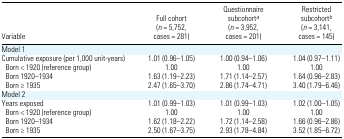
| Variable | Full cohort (n = 5,752, cases = 281) | Questionnaire subcohorta (n = 3,952, cases = 201) | Restricted subcohortb (n = 3,141, cases = 145) |
 | --- | --- | --- | --- |
 | <COLSPAN=4> Model 1 |
 | Cumulative exposure (per 1,000 unit-years) | 1.01 (0.96–1.05) | 1.00 (0.94–1.06) | 1.04 (0.97–1.11) |
 | Born < 1920 (reference group) | 1.00 | 1.00 | 1.00 |
 | Born 1920–1934 | 1.63 (1.19–2.23) | 1.71 (1.14–2.57) | 1.64 (0.96–2.83) |
 | Born ≥ 1935 | 2.47 (1.65–3.70) | 2.86 (1.74–4.71) | 3.40 (1.79–6.46) |
 | <COLSPAN=4> Model 2 |
 | Years exposed | 1.01 (0.99–1.03) | 1.01 (0.99–1.03) | 1.02 (1.00–1.05) |
 | Born < 1920 (reference group) | 1.00 | 1.00 | 1.00 |
 | Born 1920–1934 | 1.62 (1.18–2.22) | 1.72 (1.14–2.58) | 1.66 (0.96–2.86) |
 | Born ≥ 1935 | 2.50 (1.67–3.75) | 2.93 (1.78–4.84) | 3.52 (1.85–6.72) |